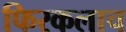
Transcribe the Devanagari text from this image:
फिरकलाच